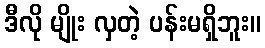
ဒီလို မျိုး လှတဲ့ ပန်းမရှိဘူး။